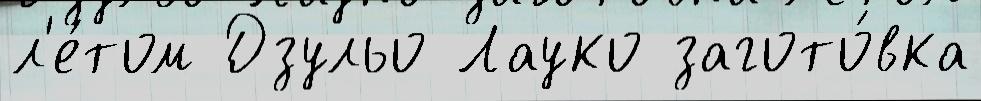
л'е́том Дзульо Лауко загото́вка